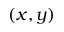
( x , y )